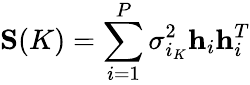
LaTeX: \mathbf{S}(K)=\sum_{i=1}^{P}\sigma_{i_{K}}^{2}\mathbf{h}_{i}\mathbf{h}_{i}^{T}